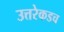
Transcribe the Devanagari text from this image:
उत्तरेकडच